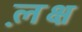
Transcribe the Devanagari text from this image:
ल़क्ष